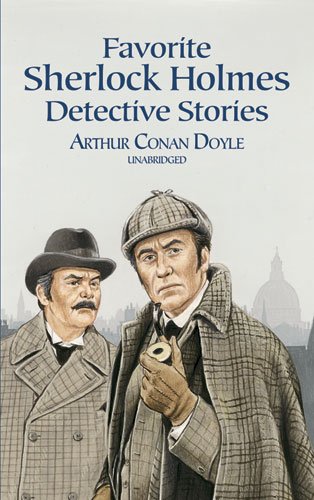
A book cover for Favorite Sherlock Holmes Detective Stories (Dover Children's Evergreen Classics); Sir Arthur Conan Doyle; Mystery, Thriller & Suspense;